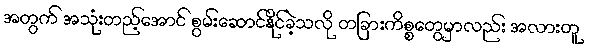
အတွက် အသုံးတည့်အောင် စွမ်းဆောင်နိုင်ခဲ့သလို တခြားကိစ္စတွေမှာလည်း အလားတူ